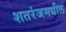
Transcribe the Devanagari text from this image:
शतरंजमधील